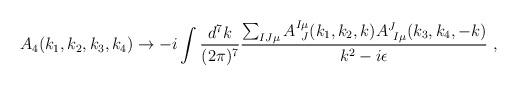
LaTeX: \begin{align*}A_4 (k_1,k_2,k_3,k_4) \rightarrow - i \int {d^7 k\over (2\pi)^7}{\sum_{IJ\mu}A^{I \mu }_{\ J} (k_1,k_2, k) A^{J}_{\ I \mu } (k_3,k_4, -k) \over k^2 - i\epsilon} \ ,\end{align*}